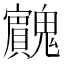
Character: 𱆡